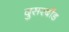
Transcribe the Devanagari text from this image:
दुसरबीड